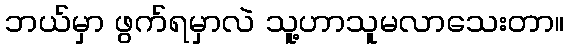
ဘယ်မှာ ဖွက်ရမှာလဲ သူ့ဟာသူမလာသေးတာ။